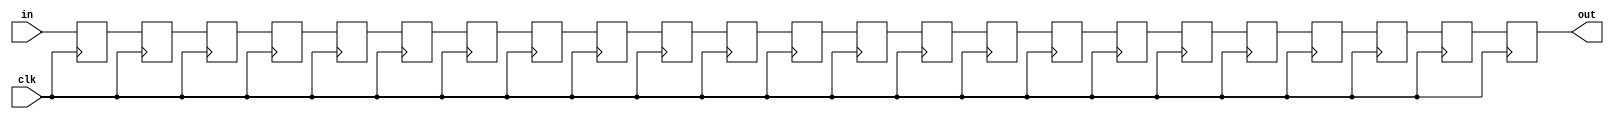
/////////////////////////////////////////////////////////////////////////////
// parameterized delay line - provided by staff
// 							  modified to take inputs of varying sizes

module delayN #(parameter NDELAY=22, parameter LENGTH = 10)(clk,in,out);
   input clk;
   input [LENGTH-1:0] in;
   output [LENGTH-1:0] out;

   reg [LENGTH-1:0] shiftreg [NDELAY:0];
   reg [4:0] i;

   always @(posedge clk) begin
		shiftreg[0] <= in;
		for(i=1; i<NDELAY+1; i=i+1) begin
			shiftreg[i] <= shiftreg[i-1];
		end
	end
	
	assign out = shiftreg[NDELAY];

endmodule